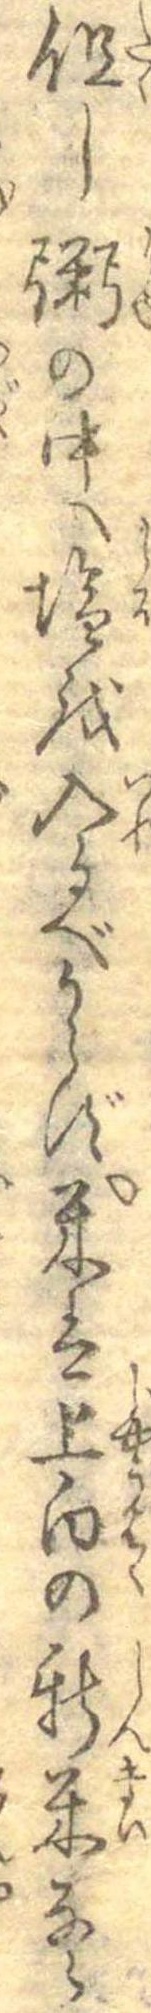
但し粥の中へ塩を入るべからず米は上白の新米なら